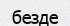
безде